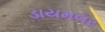
ડાયમલર